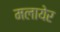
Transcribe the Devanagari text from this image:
मलायेर